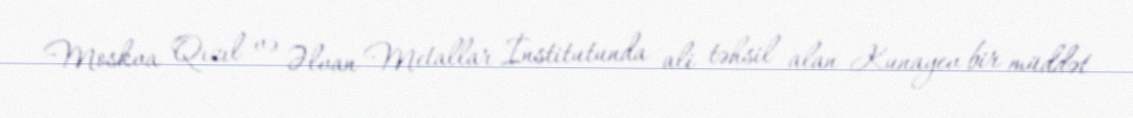
Moskva Qızıl və Əlvan Metallar İnstitutunda ali təhsil alan Kunayev bir müddət